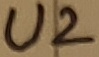
Text: U2